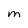
Character: M